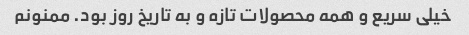
خیلی سریع و همه محصولات تازه و به تاریخ روز بود. ممنونم